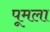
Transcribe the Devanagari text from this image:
पूमला